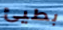
بطيئ